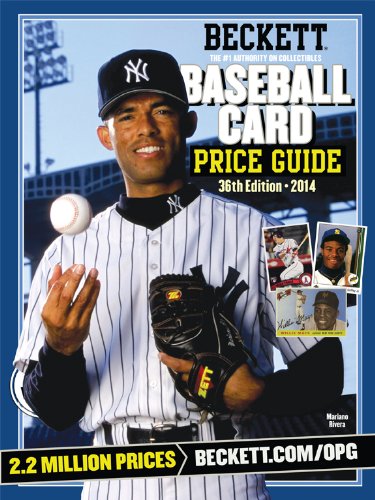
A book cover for Baseball Card Price Guide (Beckett Baseball Card Price Guide); Crafts, Hobbies & Home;